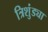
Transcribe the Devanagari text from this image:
त्रिशुंड्या